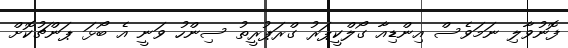
ފޮނުވާލި ނަމަވެސް އިންޑިއާ ގޯލްކީޕަރު ގްރަޕުރީތު ސިންހު ވަނީ އެ ބޯޅަ ޕަންޗުކޮށް